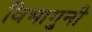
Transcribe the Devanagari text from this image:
विभागुनी